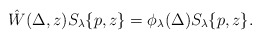
\begin{align*} \hat{W}(\Delta,z)S_\lambda\{p,z\} = \phi_\lambda(\Delta) S_\lambda\{p,z\}.\end{align*}